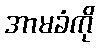
အာမခံကို